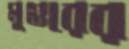
মুগুরের